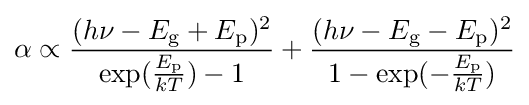
\alpha \propto {\frac {(h\nu -E_{\text{g}}+E_{\text{p}})^{2}}{\exp({\frac {E_{\text{p}}}{kT}})-1}}+{\frac {(h\nu -E_{\text{g}}-E_{\text{p}})^{2}}{1-\exp(-{\frac {E_{\text{p}}}{kT}})}}